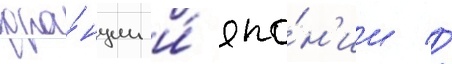
фра́нции и́ япо́н'ии //